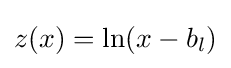
z(x)=\ln(x-b_{l})